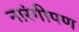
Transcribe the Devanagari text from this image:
नारंगीपण